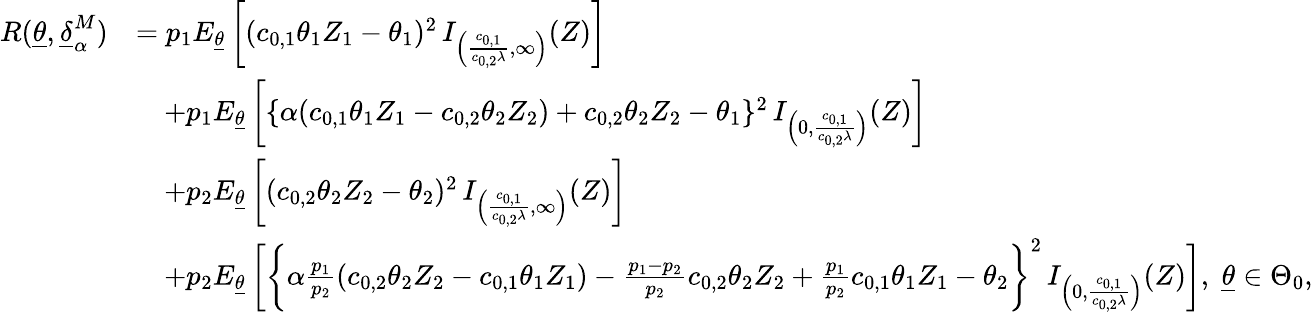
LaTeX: \begin{array}{rl}{R(\underline{{\theta}},\underline{{\delta}}_{\alpha}^{M})}&{=p_{1}E_{\underline{{\theta}}}\left[(c_{0,1}\theta_{1}Z_{1}-\theta_{1})^{2}\, I_{\left(\frac{c_{0,1}}{c_{0,2}\lambda},\infty\right)}(Z)\right]}\\ &{\quad+p_{1}E_{\underline{{\theta}}}\left[\{ \alpha(c_{0,1}\theta_{1}Z_{1}-c_{0,2}\theta_{2}Z_{2})+c_{0,2}\theta_{2}Z_{2}-\theta_{1}\} ^{2}\, I_{\left(0,\frac{c_{0,1}}{c_{0,2}\lambda}\right)}(Z)\right]}\\ &{\quad+p_{2}E_{\underline{{\theta}}}\left[(c_{0,2}\theta_{2}Z_{2}-\theta_{2})^{2}\, I_{\left(\frac{c_{0,1}}{c_{0,2}\lambda},\infty\right)}(Z)\right]}\\ &{\quad+p_{2}E_{\underline{{\theta}}}\left[\bigg\{ \alpha\frac{p_{1}}{p_{2}}(c_{0,2}\theta_{2}Z_{2}-c_{0,1}\theta_{1}Z_{1})-\frac{p_{1}-p_{2}}{p_{2}}c_{0,2}\theta_{2}Z_{2}+\frac{p_{1}}{p_{2}}c_{0,1}\theta_{1}Z_{1}-\theta_{2}\bigg\} ^{2}\, I_{\left(0,\frac{c_{0,1}}{c_{0,2}\lambda}\right)}(Z)\right],\; \underline{{\theta}}\in\Theta_{0},}\end{array}